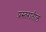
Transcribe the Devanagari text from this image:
प्रस्तरातील